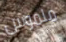
ملموس